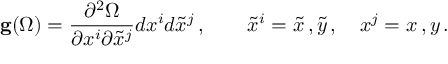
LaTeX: { \bf g } ( \Omega ) = { \frac { \partial ^ { 2 } \Omega } { \partial x ^ { i } \partial { \tilde { x } ^ { j } } } } d x ^ { i } d { \tilde { x } } ^ { j } \, , \quad \quad { \tilde { x } } ^ { i } = { \tilde { x } } \, , { \tilde { y } } \, , \quad x ^ { j } = x \, , y \, .